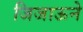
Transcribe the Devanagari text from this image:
जिजाऊने